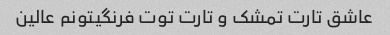
عاشق تارت تمشک و تارت توت فرنگیتونم عالین